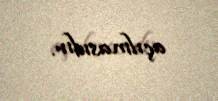
açılmasıdır.